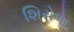
શિરોળા